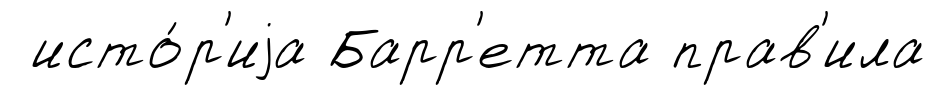
исто́р'иjа Барр'етта прав'ила